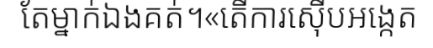
តែម្នាក់ឯងគត់។«តើការស៊ើបអង្កេត